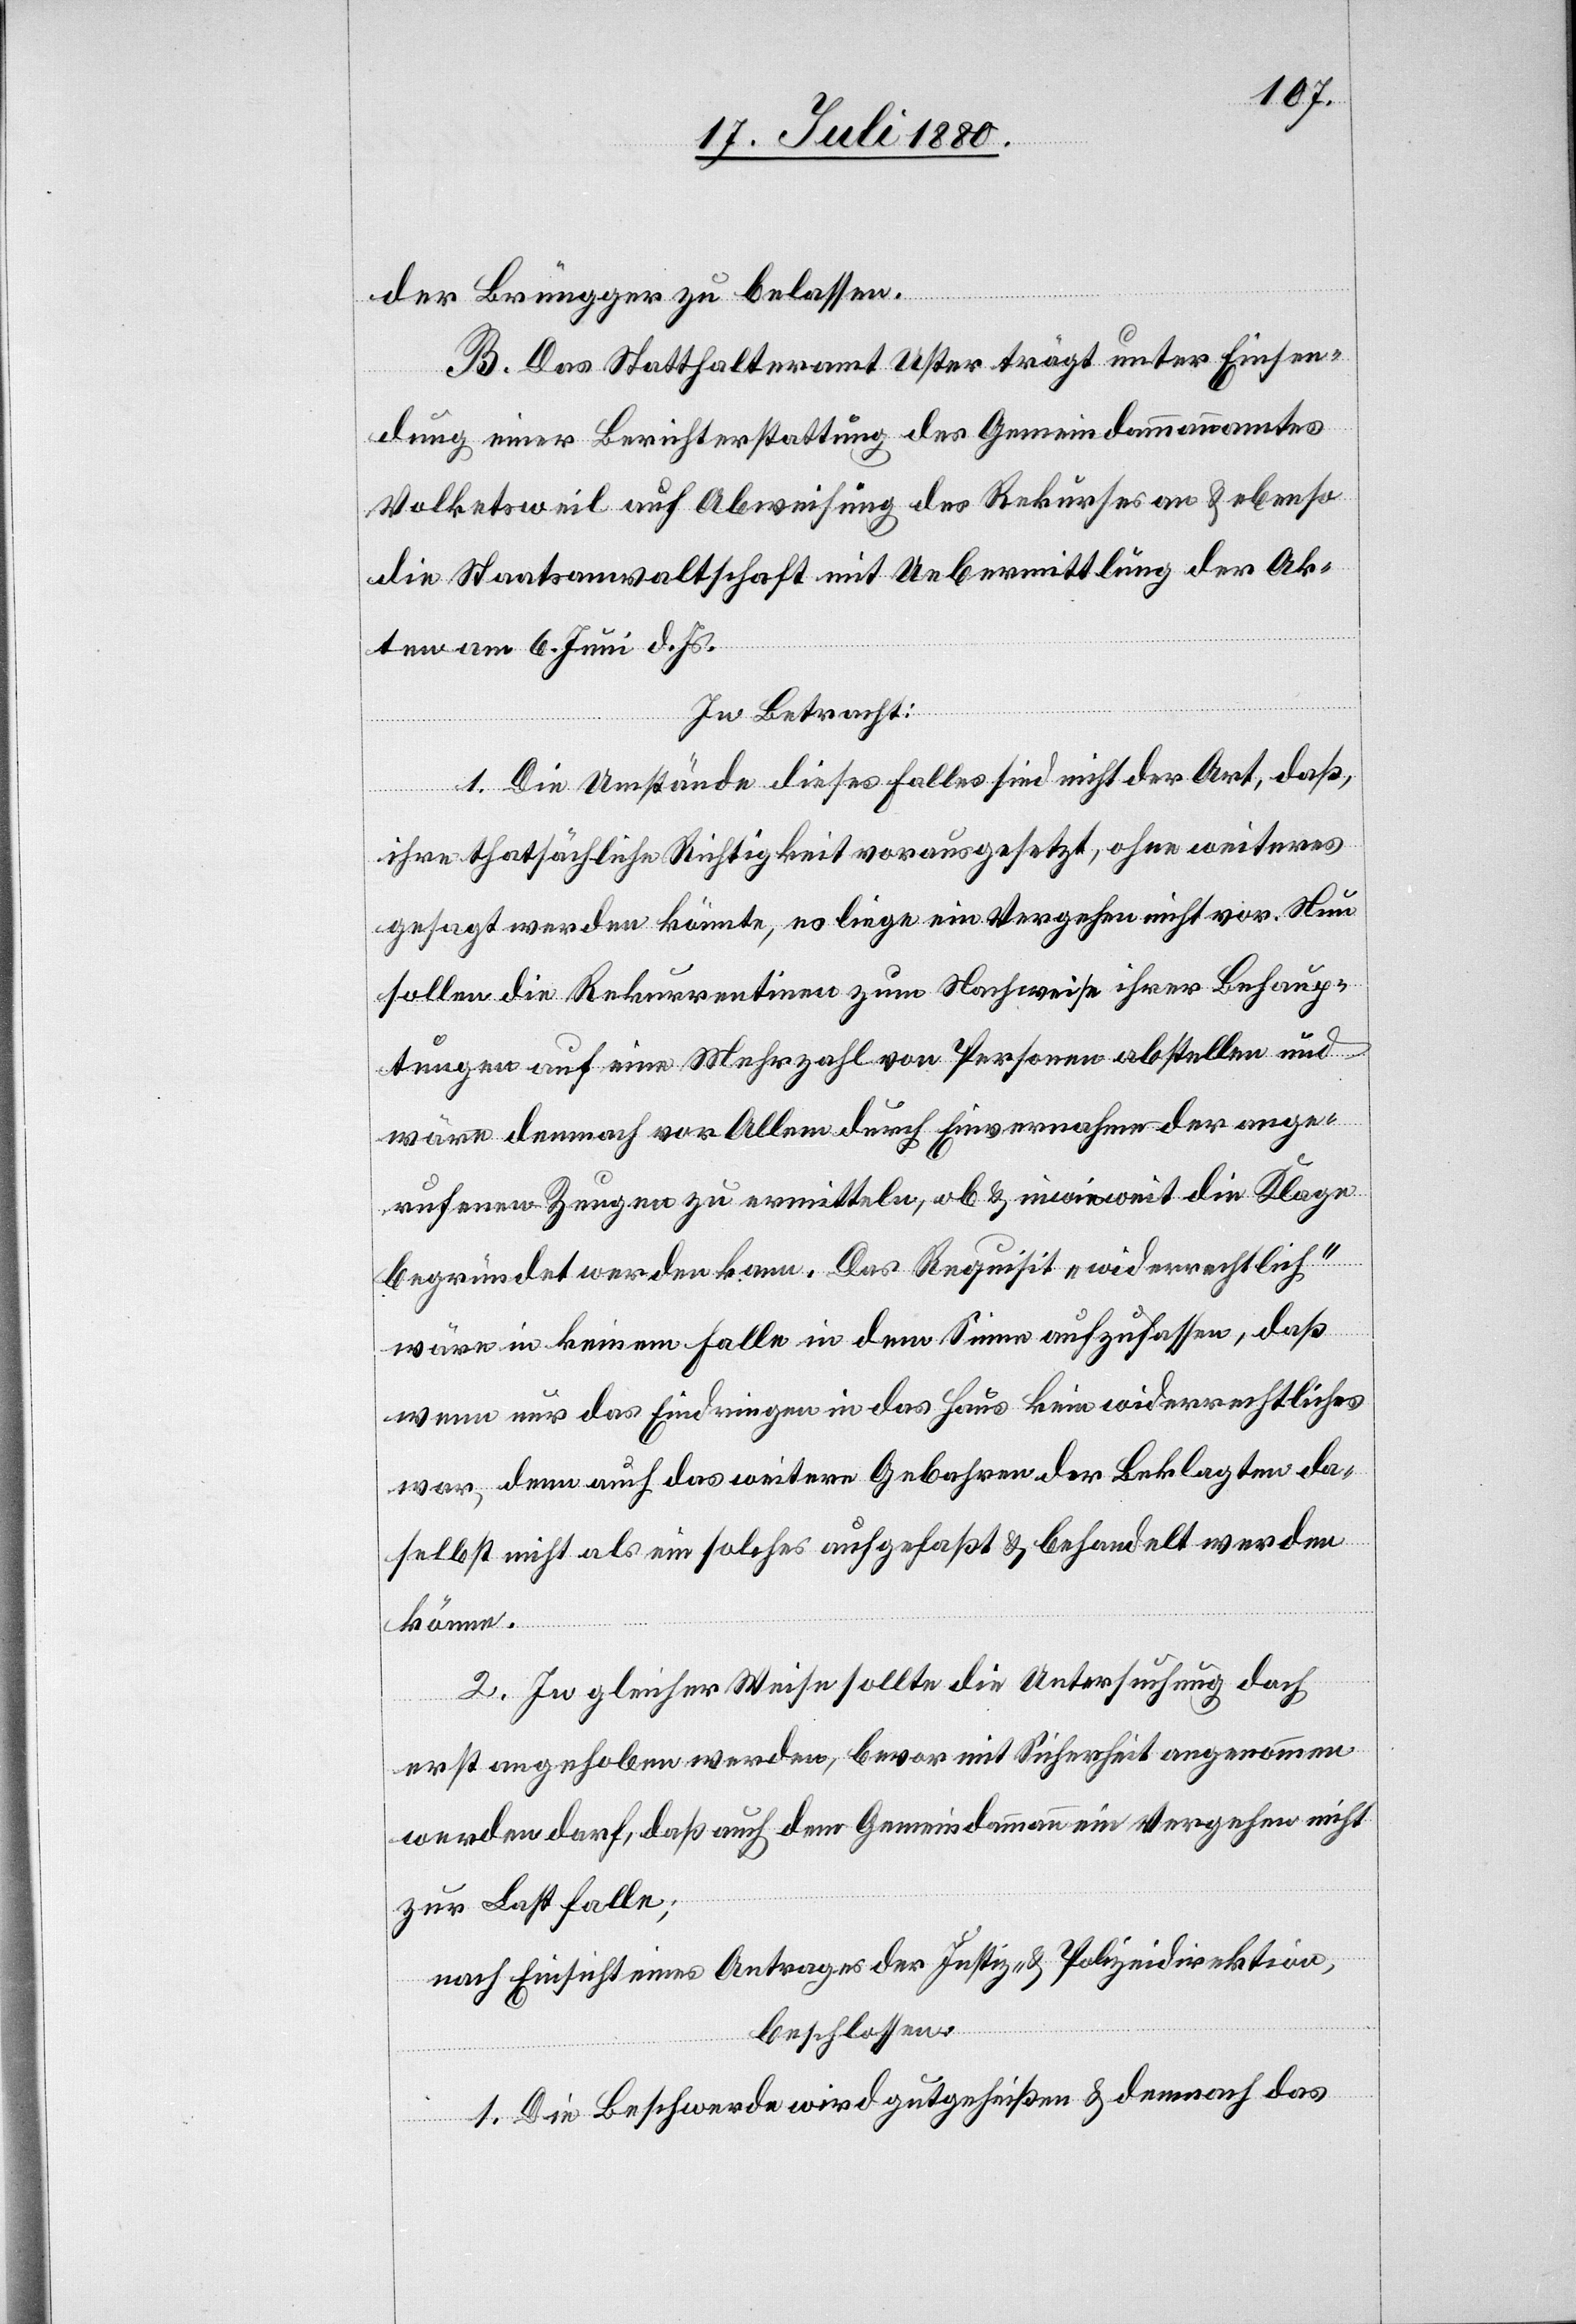
der Brüngger zu belassen.
B. Das Statthalteramt Uster trägt unter Einsen¬
dung einer Berichterstattung des Gemeindammannamtes
Volketsweil auf Abweisung des Rekurses an & ebenso
die Staatsanwaltschaft mit Uebermittlung der Ak¬
ten am 6. Juni d. Js.
In Betracht:
1. Die Umstände dieses Falles sind nicht der Art, daß
ihre thatsächliche Richtigkeit vorausgesetzt, ohne weiteres
gesagt werden könnte, es liege ein Vergehen nicht vor. Nun
sollen die Rekurrentinnnen zum Nachweise ihrer Behaup¬
tungen auf eine Mehrzahl von Personen abstellen und
wäre demnach vor Allem durch Einvernahme der ange¬
rufenen Zeugen zu ermitteln, ob & inwieweit die Klage
begründet werden kann. Das Requisit „widerrechtlich“
wäre in keinem Falle in dem Sinne aufzufassen, daß
wenn nur das Eindringen in das Haus kein widerrechtliches
war, denn auch das weitere Gebahren der Beklagten da¬
selbst nicht als ein solches aufgefaßt & behandelt werden
könne.
2. In gleicher Weise sollte die Untersuchung doch
erst angehoben werden, bevor mit Sicherheit angenommen
werden darf, daß auch dem Gemeindammann ein Vergehen nicht
zur Last falle;
nach Einsicht eines Antrages der Justiz- & Polizeidirektion,
beschlossen:
1. Die Beschwerde wird gutgeheißen & demnach das